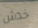
خدش